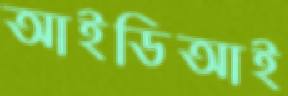
আইডিআই